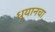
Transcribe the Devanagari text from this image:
ध्यानचा